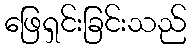
ဖြေရှင်းခြင်းသည်